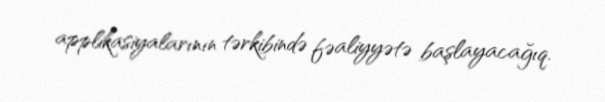
applikasiyalarının tərkibində fəaliyyətə başlayacağıq.